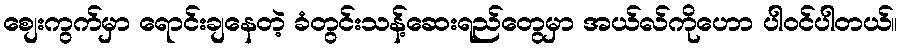
စျေးကွက်မှာ ရောင်းချနေတဲ့ ခံတွင်းသန့်ဆေးရည်တွေမှာ အယ်လ်ကိုဟော ပါဝင်ပါတယ်။